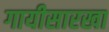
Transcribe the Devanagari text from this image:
गायीसारखा